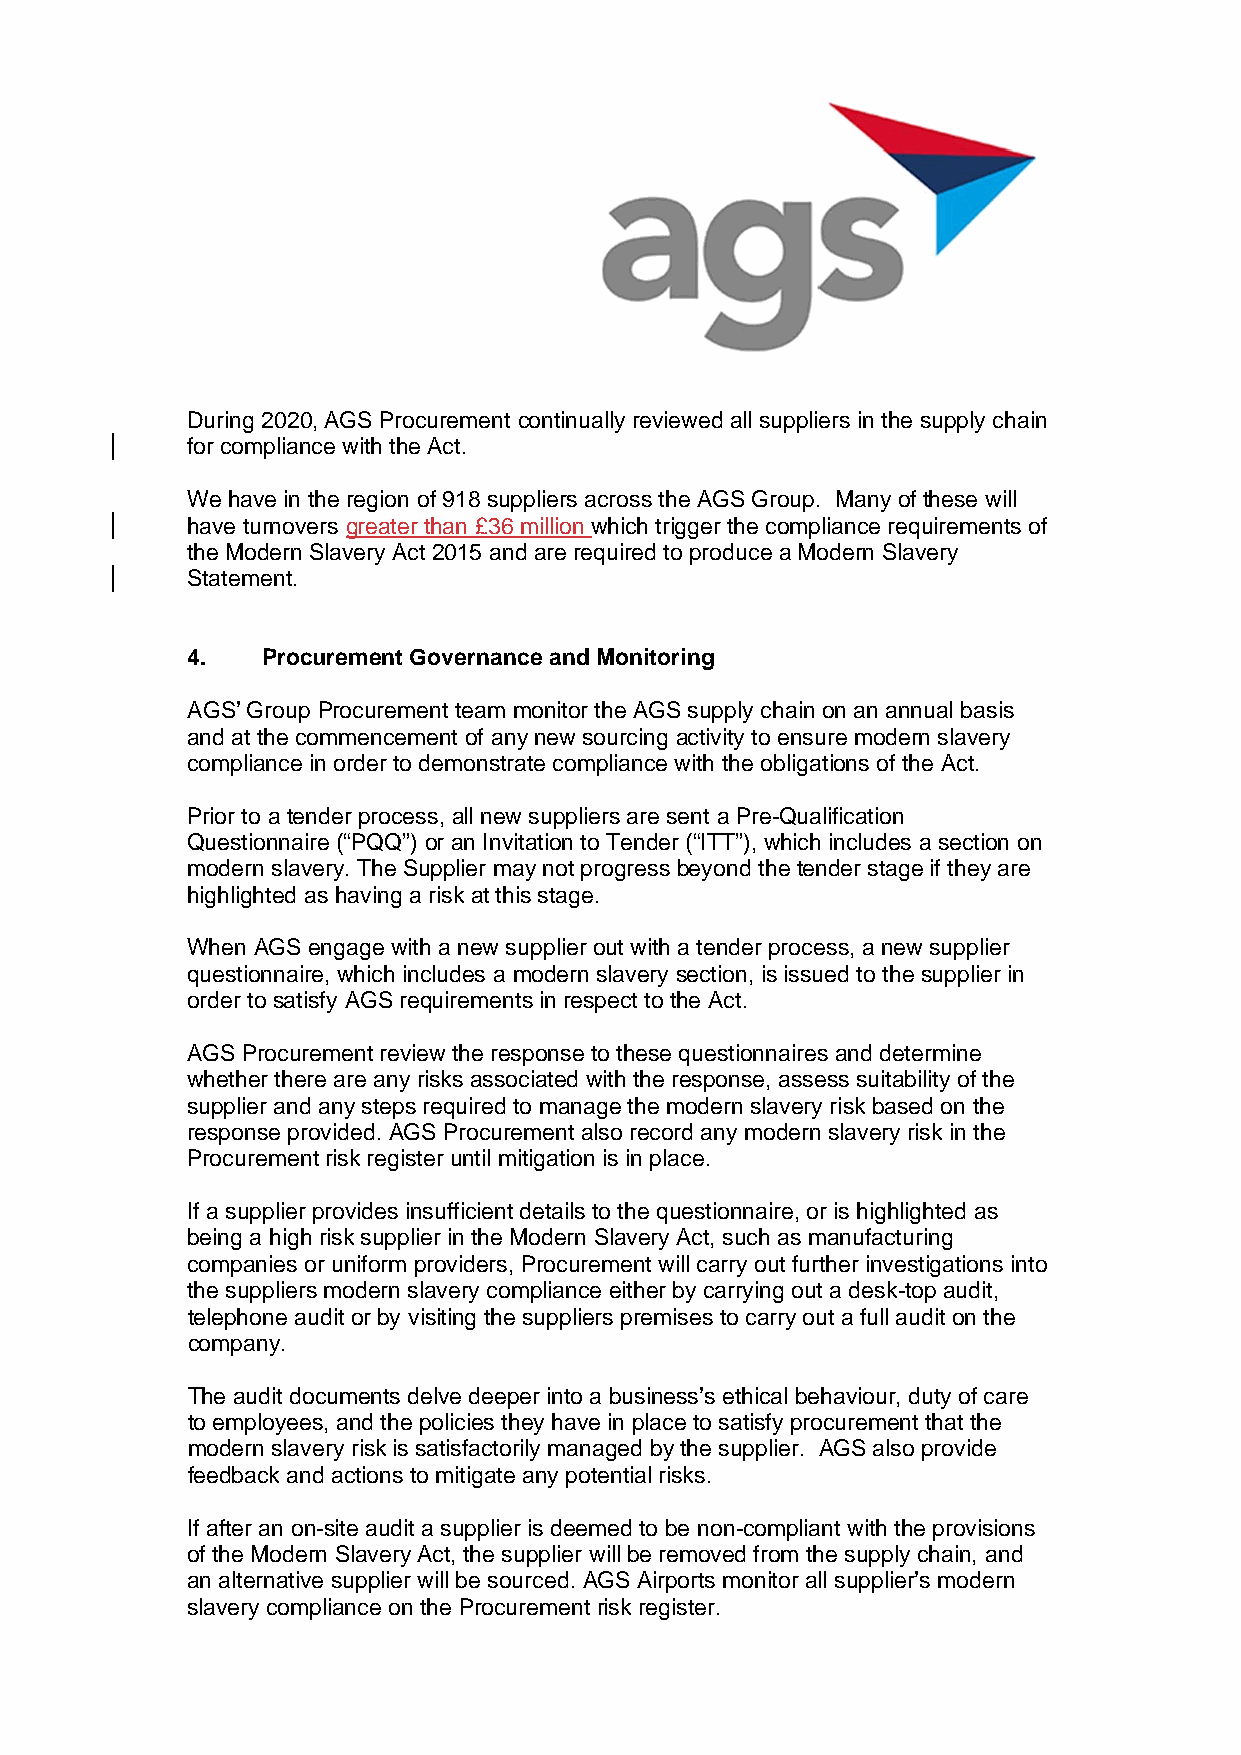
During 2020, AGS Procurement continually reviewed all suppliers in the supply chain
 for compliance with the Act.
 We have in the region of 918 suppliers across the AGS Group. Many of these will
 have turnovers greater than £36 million which trigger the compliance requirements of
 the Modern Slavery Act 2015 and are required to produce a Modern Slavery
 Statement.
 4.   Procurement Governance and Monitoring
 AGS’ Group Procurement team monitor the AGS supply chain on an annual basis
 and at the commencement of any new sourcing activity to ensure modern slavery
 compliance in order to demonstrate compliance with the obligations of the Act.
 Prior to a tender process, all new suppliers are sent a Pre-Qualification
 Questionnaire (“PQQ”) or an Invitation to Tender (“ITT”), which includes a section on
 modern slavery. The Supplier may not progress beyond the tender stage if they are
 highlighted as having a risk at this stage.
 When AGS engage with a new supplier out with a tender process, a new supplier
 questionnaire, which includes a modern slavery section, is issued to the supplier in
 order to satisfy AGS requirements in respect to the Act.
 AGS Procurement review the response to these questionnaires and determine
 whether there are any risks associated with the response, assess suitability of the
 supplier and any steps required to manage the modern slavery risk based on the
 response provided. AGS Procurement also record any modern slavery risk in the
 Procurement risk register until mitigation is in place.
 If a supplier provides insufficient details to the questionnaire, or is highlighted as
 being a high risk supplier in the Modern Slavery Act, such as manufacturing
 companies or uniform providers, Procurement will carry out further investigations into
 the suppliers modern slavery compliance either by carrying out a desk-top audit,
 telephone audit or by visiting the suppliers premises to carry out a full audit on the
 company.
 The audit documents delve deeper into a business’s ethical behaviour, duty of care
 to employees, and the policies they have in place to satisfy procurement that the
 modern slavery risk is satisfactorily managed by the supplier. AGS also provide
 feedback and actions to mitigate any potential risks.
 If after an on-site audit a supplier is deemed to be non-compliant with the provisions
 of the Modern Slavery Act, the supplier will be removed from the supply chain, and
 an alternative supplier will be sourced. AGS Airports monitor all supplier’s modern
 slavery compliance on the Procurement risk register.